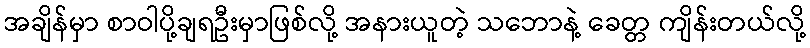
အချိန်မှာ စာဝါပို့ချရဦးမှာဖြစ်လို့ အနားယူတဲ့ သဘောနဲ့ ခေတ္တ ကျိန်းတယ်လို့